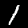
Label: 1